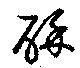
酥